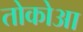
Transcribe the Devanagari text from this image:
तोकोआ